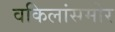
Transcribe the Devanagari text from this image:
वकिलांसमोर